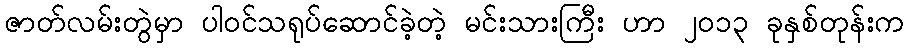
ဇာတ်လမ်းတွဲမှာ ပါဝင်သရုပ်ဆောင်ခဲ့တဲ့ မင်းသားကြီး ဟာ ၂၀၁၃ ခုနှစ်တုန်းက